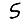
Digit: 5